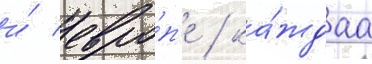
и́ евро́п'е / ка́ждаа